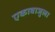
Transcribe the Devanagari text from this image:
एकाबाजुला